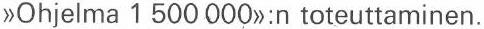
  >>0hjelma 1 500 000>>:n toteuttaminen.